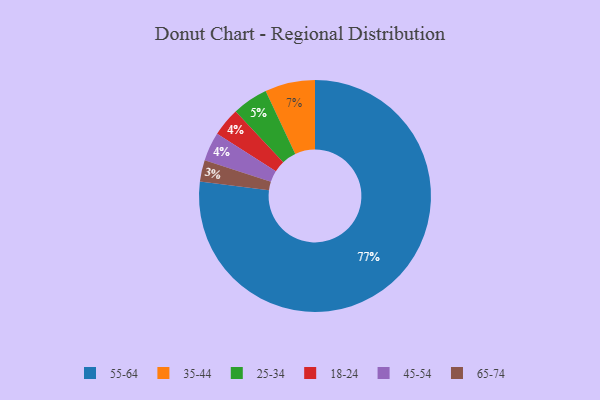
{"axis": {"x": "Category", "y": "Percentage"}, "legend": ["18-24", "25-34", "35-44", "45-54", "55-64", "65-74"], "data": [{"x": "35-44", "y": 7, "type": "35-44"}, {"x": "65-74", "y": 3, "type": "65-74"}, {"x": "18-24", "y": 4, "type": "18-24"}, {"x": "25-34", "y": 5, "type": "25-34"}, {"x": "45-54", "y": 4, "type": "45-54"}, {"x": "55-64", "y": 77, "type": "55-64"}]}